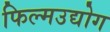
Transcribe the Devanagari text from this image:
फिल्मउद्योग